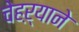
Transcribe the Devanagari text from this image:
चेहऱ्याने